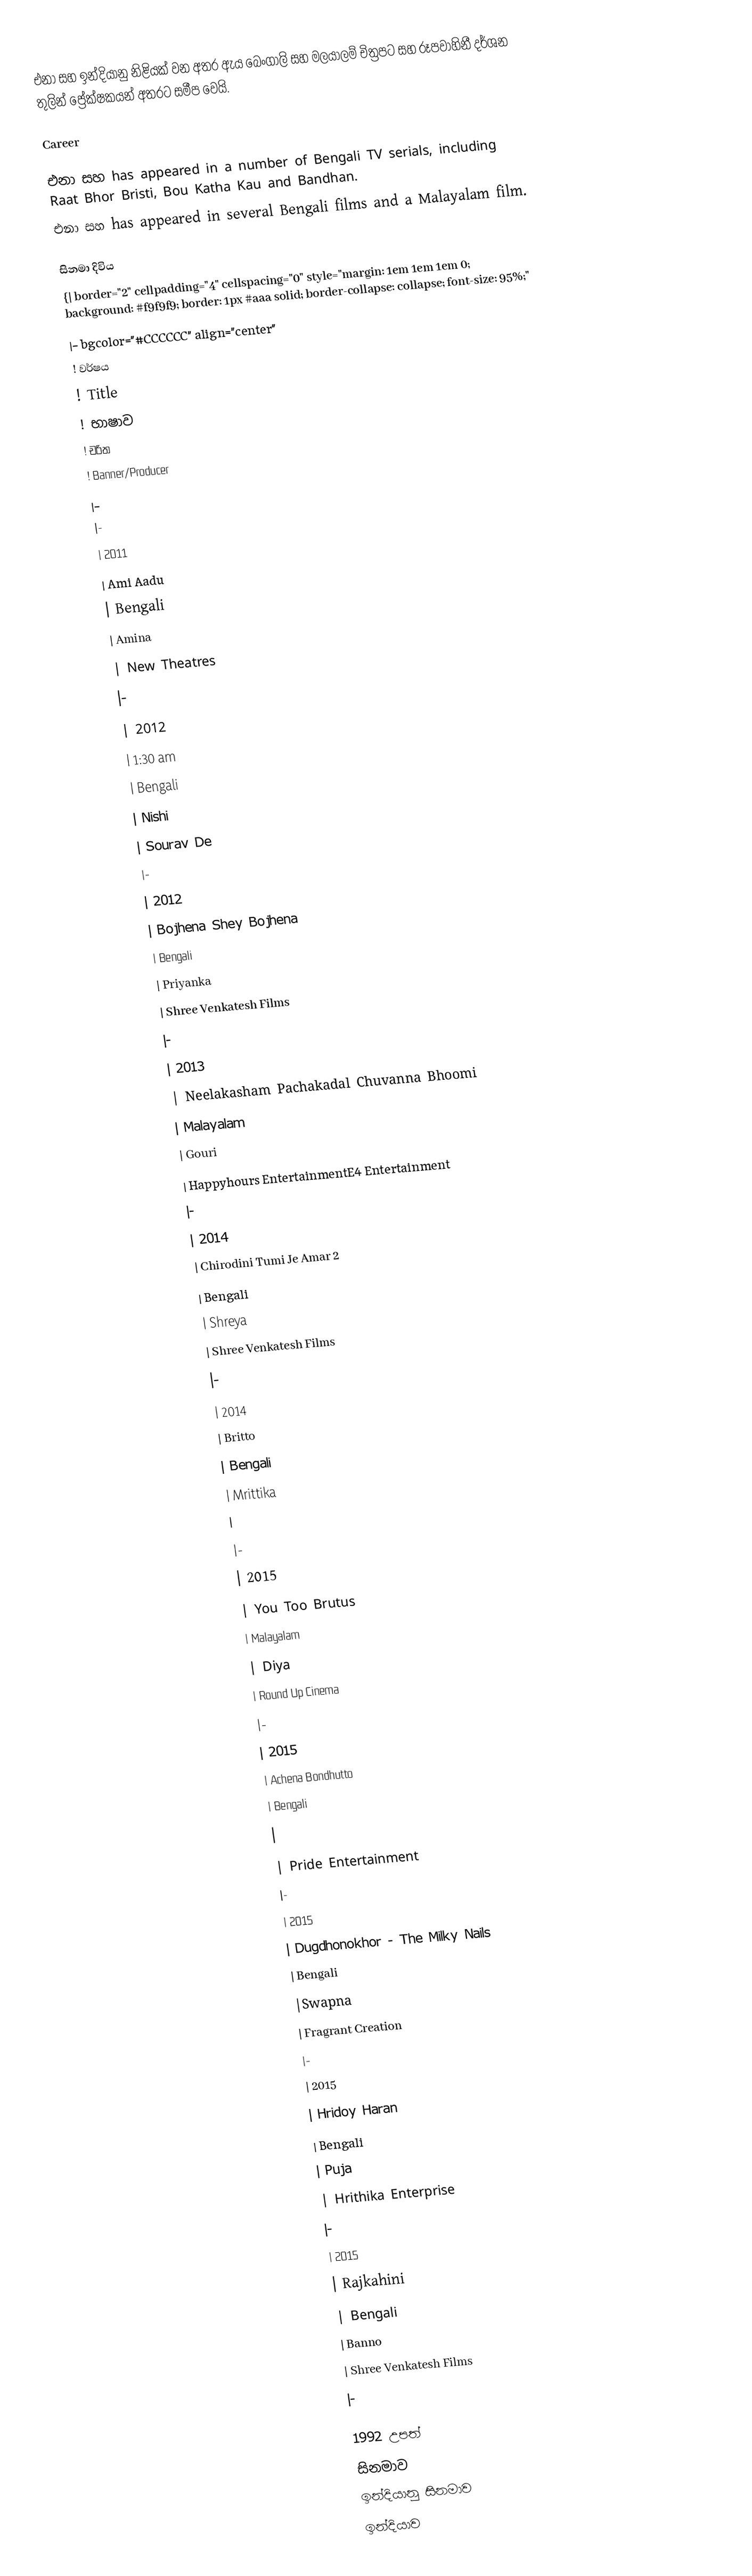
එනා සහ ඉන්දියානු නිළියක් වන අතර ඇය බෙංගාලි සහ මලයාලම් චිත්‍රපට සහ රූපවාහිනී දර්ශන තුලින් ප්‍රේක්ෂකයන් අතරට සමීප වෙයි.

Career

එනා සහ has appeared in a number of Bengali TV serials, including Raat Bhor Bristi, Bou Katha Kau and Bandhan.
එනා සහ has appeared in several Bengali films and a Malayalam film.

සිනමා දිවිය
{| border="2" cellpadding="4" cellspacing="0" style="margin: 1em 1em 1em 0; background: #f9f9f9; border: 1px #aaa solid; border-collapse: collapse; font-size: 95%;"
|- bgcolor="#CCCCCC" align="center"
! වර්ෂය
! Title
! භාෂාව
! චරිත
! Banner/Producer
|-
|-
| 2011
| Ami Aadu
| Bengali
| Amina
| New Theatres
|-
| 2012
| 1:30 am
| Bengali
| Nishi
| Sourav De
|-
| 2012
| Bojhena Shey Bojhena
| Bengali
| Priyanka
| Shree Venkatesh Films
|-
| 2013
| Neelakasham Pachakadal Chuvanna Bhoomi
| Malayalam
| Gouri
| Happyhours EntertainmentE4 Entertainment
|-
| 2014
| Chirodini Tumi Je Amar 2
| Bengali
| Shreya
| Shree Venkatesh Films
|-
| 2014
| Britto
| Bengali
| Mrittika
|
|-
| 2015
| You Too Brutus
| Malayalam
| Diya
| Round Up Cinema
|-
| 2015
| Achena Bondhutto
| Bengali
|
| Pride Entertainment
|-
| 2015
| Dugdhonokhor - The Milky Nails
| Bengali
|Swapna
| Fragrant Creation
|-
| 2015
| Hridoy Haran
| Bengali
| Puja
| Hrithika Enterprise
|-
| 2015
| Rajkahini
| Bengali
| Banno
| Shree Venkatesh Films
|-

1992 උපත්
සිනමාව
ඉන්දියානු සිනමාව
ඉන්දියාව